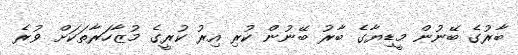
ބާރުގެ ބޭނުން މީޑިޔާގެ ބާރު ބޭނުން ކުރި އިރު ކުރީގެ މުޒާހަރާތަކަށް ވުރެ